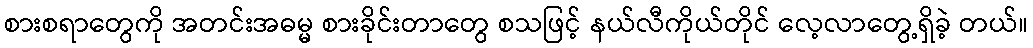
စားစရာတွေကို အတင်းအဓမ္မ စားခိုင်းတာတွေ စသဖြင့် နယ်လီကိုယ်တိုင် လေ့လာတွေ့ရှိခဲ့ တယ်။